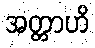
အတ္တာဟိ